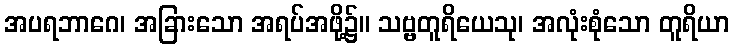
အပရဘာဂေ၊ အခြားသော အရပ်အဖို့၌။ သဗ္ဗတူရိယေသု၊ အလုံးစုံသော တူရိယာ